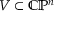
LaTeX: V \subset \mathbb { C P } ^ { n }